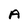
Character: A